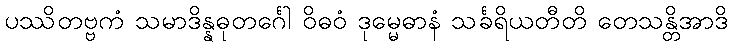
ပဿိတဗ္ဗကံ သမာဒိန္နဓုတင်္ဂေါ ဝိဓဝံ ဒုမ္မေဓာနံ သင်္ခရိယတီတိ တေသန္တိအာဒိ